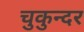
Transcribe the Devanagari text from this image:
चुकुन्दर